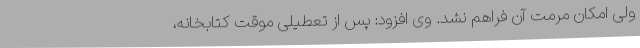
ولی امکان مرمت آن فراهم نشد. وی افزود: پس از تعطیلی موقت کتابخانه‌،